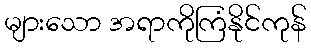
များသော အရာကိုကြံနိုင်ကုန်